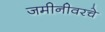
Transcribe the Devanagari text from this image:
जमीनीवरचे